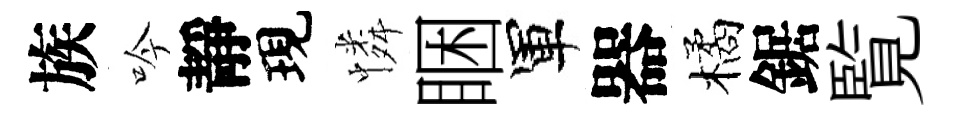
族吟靜現憐睏軍器橘鋸覧